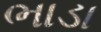
ભાડા